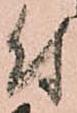
付